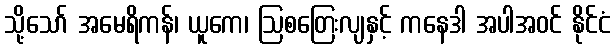
သို့သော် အမေရိကန်၊ ယူကေ၊ ဩစတြေးလျနှင့် ကနေဒါ အပါအဝင် နိုင်ငံ